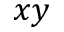
x y